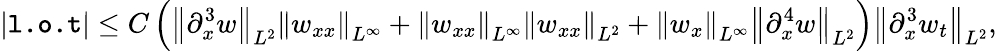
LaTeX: |\texttt{l.o.t}|\leq C\left(\left\| \partial_{x}^{3}w\right\| _{L^{2}}\left\| w_{xx}\right\| _{L^{\infty}}+\left\| w_{xx}\right\| _{L^{\infty}}\left\| w_{xx}\right\| _{L^{2}}+\left\| w_{x}\right\| _{L^{\infty}}\left\| \partial_{x}^{4}w\right\| _{L^{2}}\right)\left\| \partial_{x}^{3}w_{t}\right\| _{L^{2}},